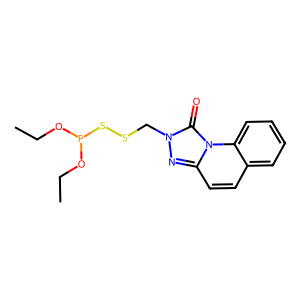
SMILES: CCOP(OCC)SSCn1nc2ccc3ccccc3n2c1=O
Inhibits HIV replication: No